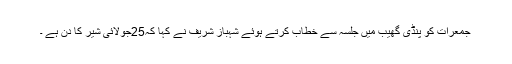
جمعرات کو پنڈی گھیب میں جلسہ سے خطاب کرتے ہوئے شہباز شریف نے کہا کہ25جولائی شیر کا دن ہے ۔